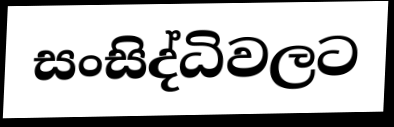
සංසිද්ධිවලට